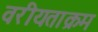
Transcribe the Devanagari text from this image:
वरीयताक्रम